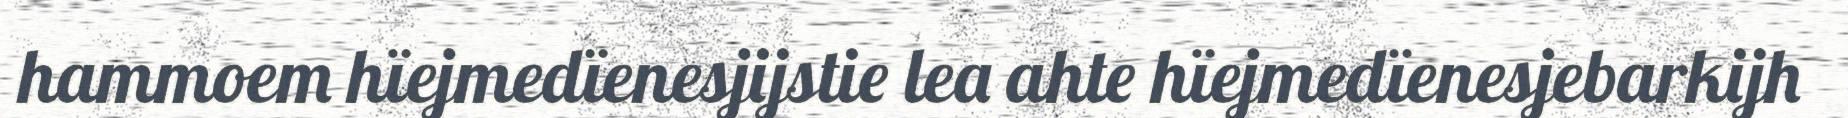
hammoem hïejmedïenesjijstie lea ahte hïejmedïenesjebarkijh